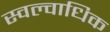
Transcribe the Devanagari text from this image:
स्वल्वाधिक